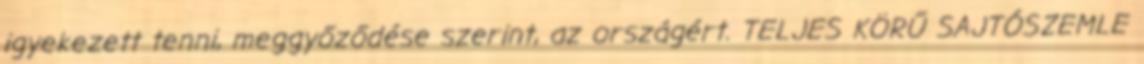
igyekezett tenni, meggyőződése szerint, az országért. TELJES KÖRŰ SAJTÓSZEMLE